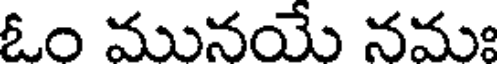
ఓం మునయే నమః